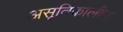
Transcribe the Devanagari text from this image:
असूतिकालीन